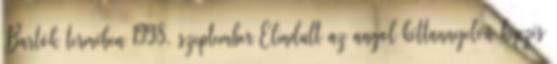
Bartók termében 1998. szeptember Elindult az angol kéttannyelvű képzés